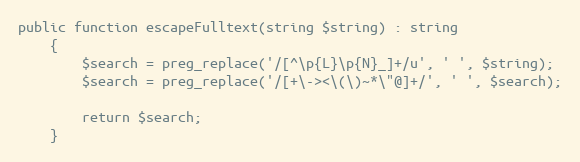
Language: PHP
public function escapeFulltext(string $string) : string
    {
        $search = preg_replace('/[^\p{L}\p{N}_]+/u', ' ', $string);
        $search = preg_replace('/[+\-><\(\)~*\"@]+/', ' ', $search);

        return $search;
    }